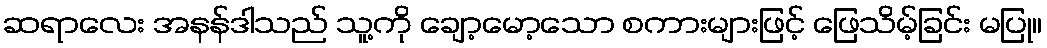
ဆရာလေး အနန်ဒါသည် သူ့ကို ချော့မော့သော စကားများဖြင့် ဖြေသိမ့်ခြင်း မပြု။